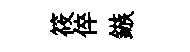
筱倅鏃